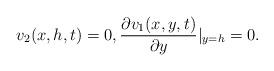
LaTeX: \begin{align*} v_2(x, h, t) =0, \frac{\partial v_1(x, y, t)}{\partial y}\vert_{y=h}=0.\end{align*}